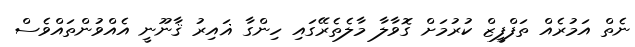
ނެތް އަމުރެއް ތަފްފީޒް ކުރުމަށް ގޮވާލާ މާލެތެރޭގައި ހިންގާ ޣައިރު ޤާނޫނީ އެއްވުންތައްވެސް